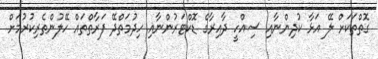
ގޮތްތަކަށް ލޭ އަޅާ ކުދިންނާއި ސިއްހީ ދާއިރާގެ ޑޮކްޓަރުންނާއި ހިދުމަތްދޭ ފަރާތްތައް ހޭލުންތެރިކުރުމަށް